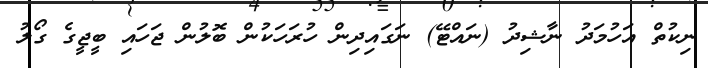
ނިކުތް އަހުމަދު ނާޝިދު (ނައްޓޭ) ނަގައިދިން ހުރަހަކުން ބޮލުން ޖަހައި ބީޖީގެ ގޯލު